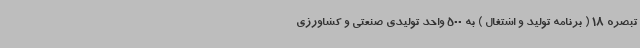
تبصره 18 ( برنامه تولید و اشتغال ) به 500 واحد تولیدی صنعتی و کشاورزی